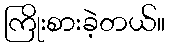
ကြိုးစားခဲ့တယ်။